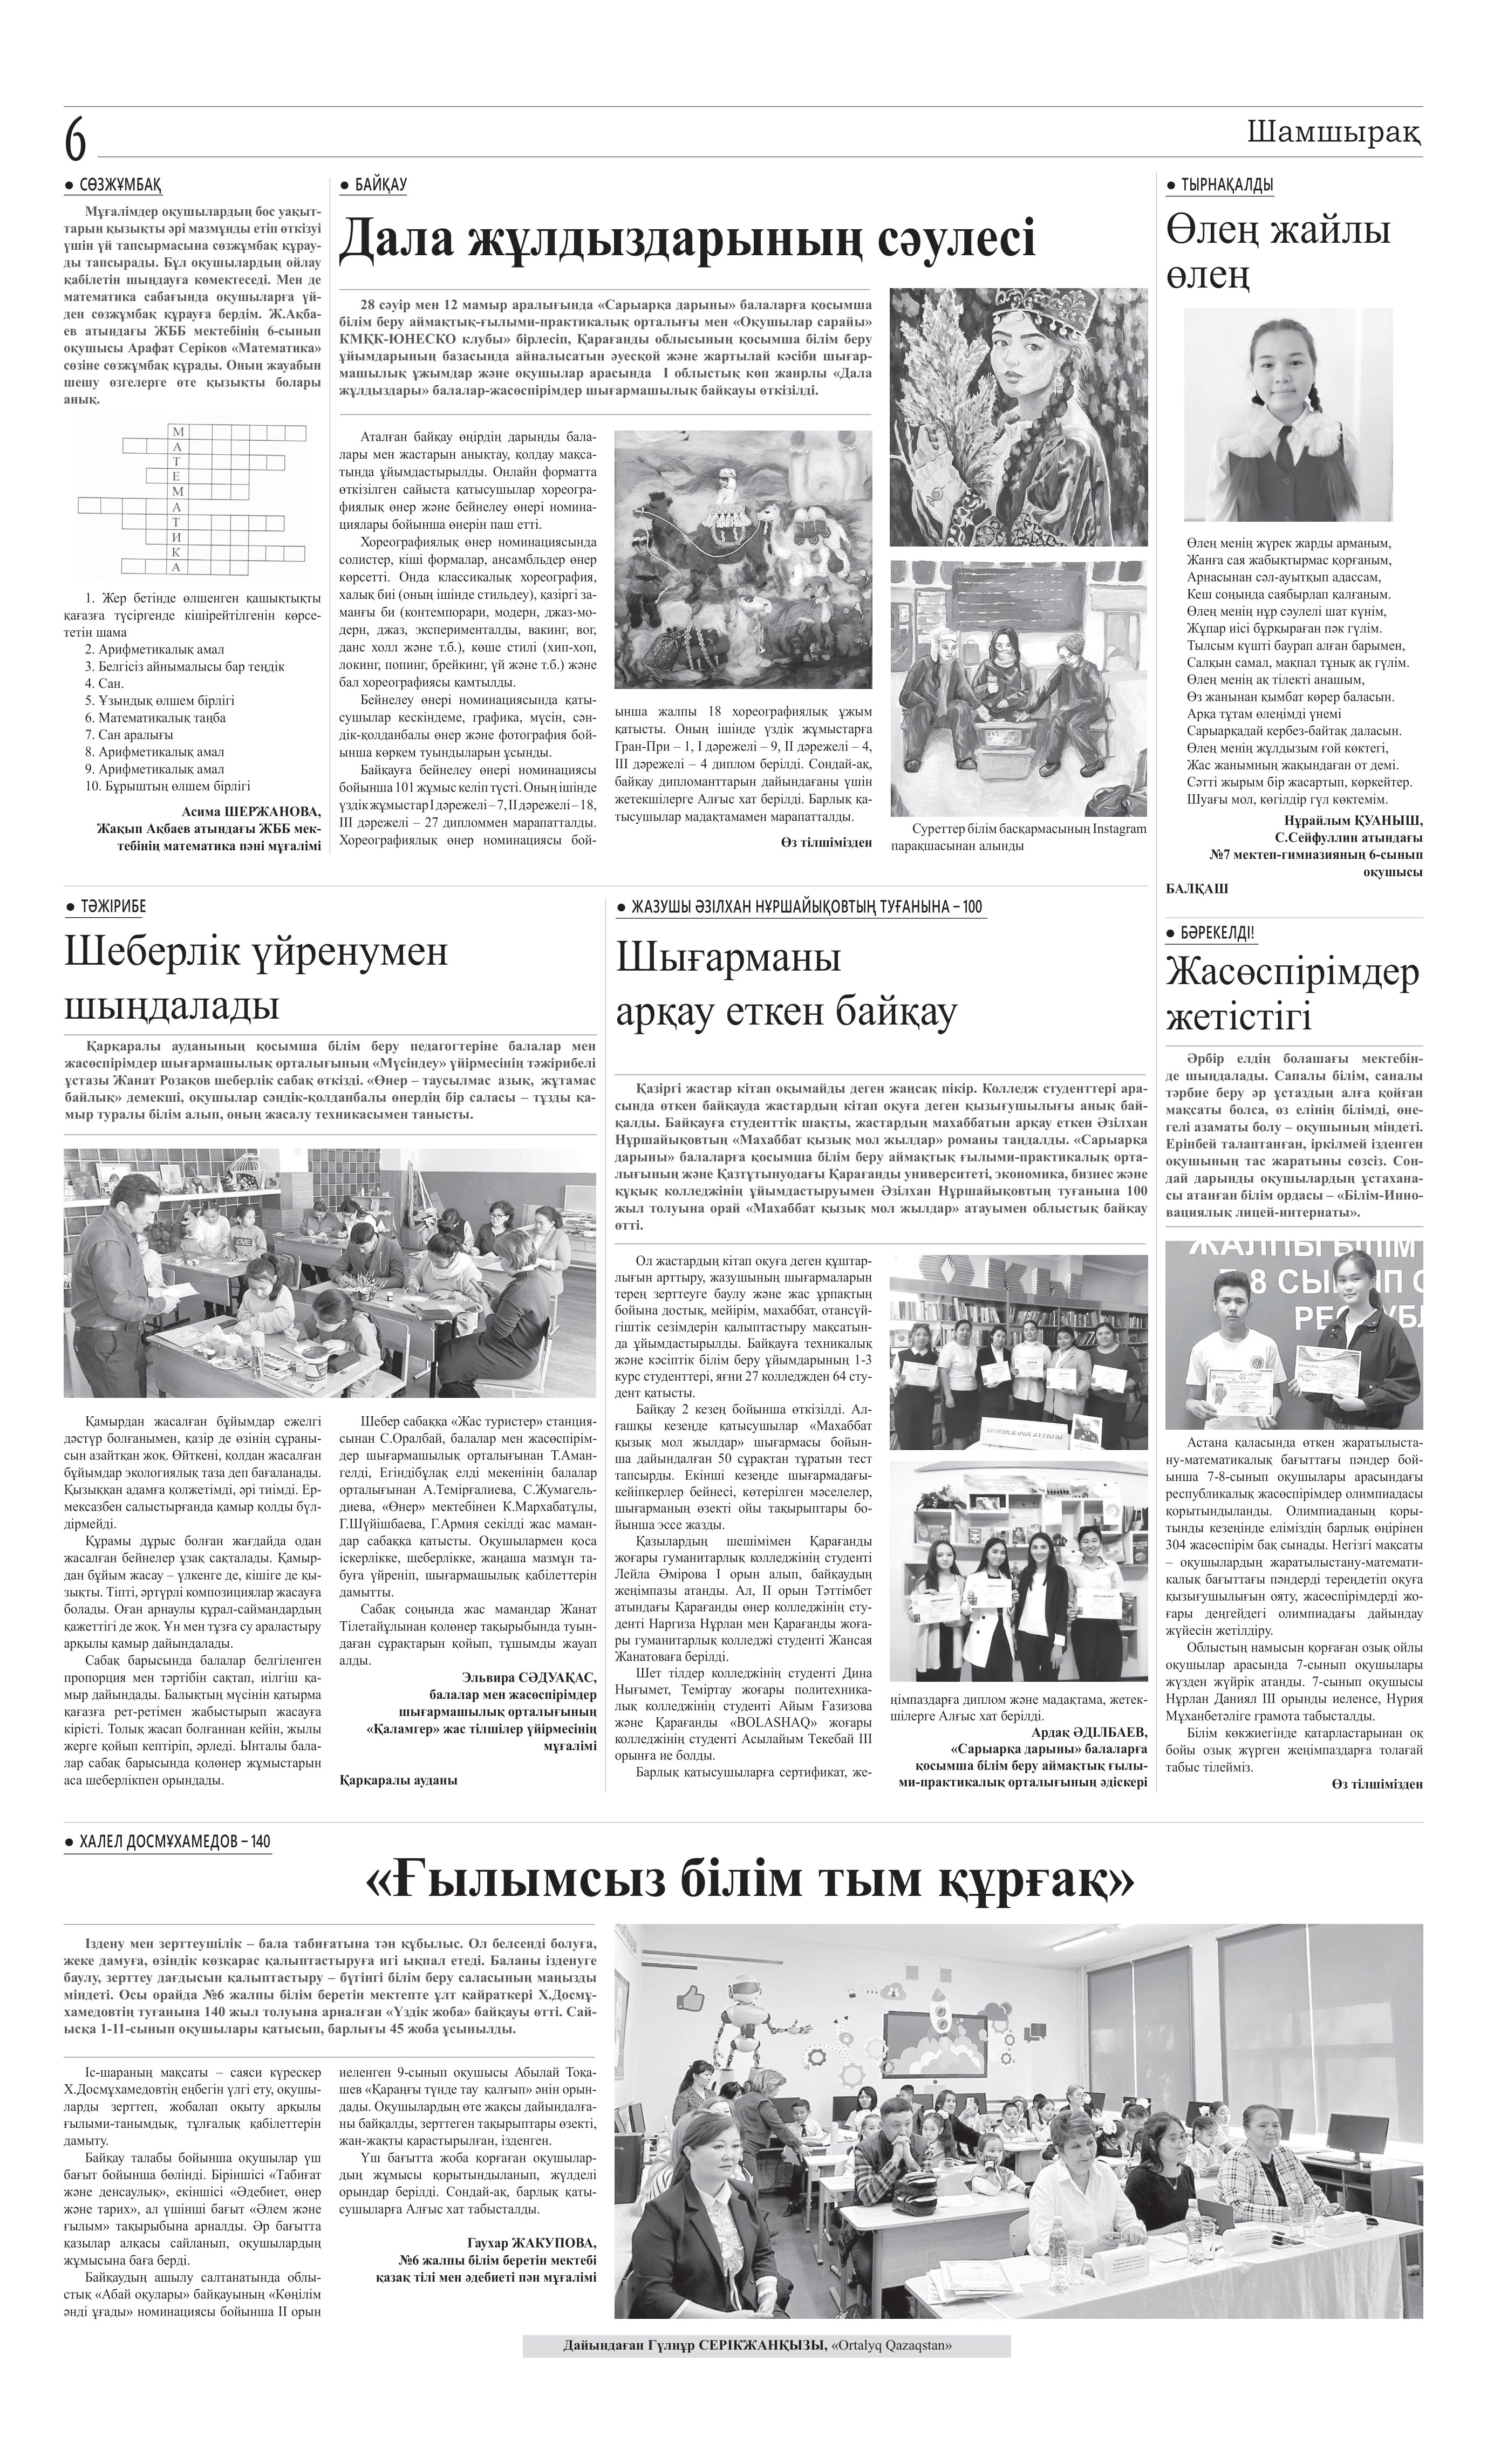
Language: kk